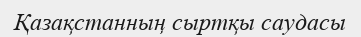
Қазақстанның сыртқы саудасы